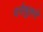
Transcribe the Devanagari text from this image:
टर्नबुलने